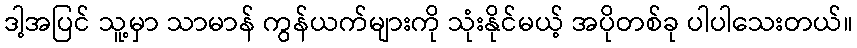
ဒါ့အပြင် သူ့မှာ သာမာန် ကွန်ယက်များကို သုံးနိုင်မယ့် အပိုတစ်ခု ပါပါသေးတယ်။